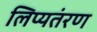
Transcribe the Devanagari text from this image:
लिप्यतंरण